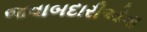
જવાબદારીઓના